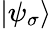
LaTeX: |\psi_{\sigma}\rangle